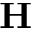
\mathbf { H }